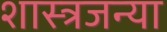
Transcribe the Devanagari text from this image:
शास्त्रजन्या